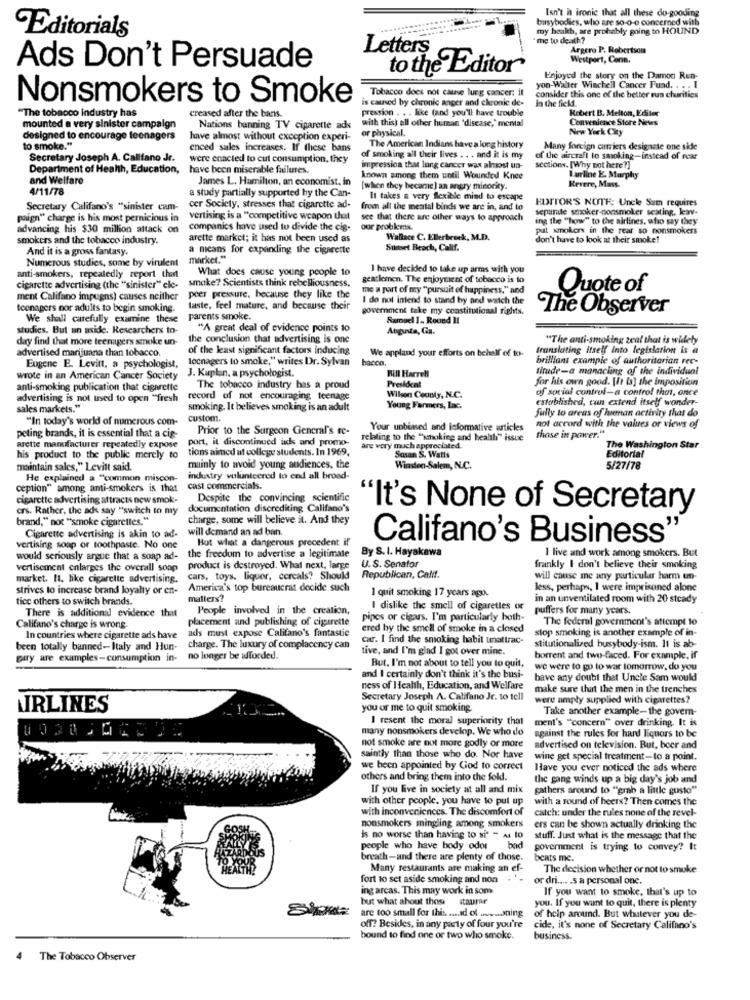
Isn't hn ironic that all these do-gooding
busybodies, who are so-o-o concerned with
Editorials
my health, are probably going to HOUND
me to death?
Letters
Argero P. Robertson
Westport, Conn.
Ads Don't Persuade
to the Editor
Enjoyed the story on the Damon Run-
Tobacco does not cause lung cancer: it
yon-Walter Winchell Cancer Fuad. . . . I
Nonsmokers to Smoke
is caused by chronic anger and chronic de-
consider this one of the better rus charities
la the field
"The tobacco industry has
creased after the bars.
Robert B. Melton, Editer
pression . . . like (and you'll have trouble
Convenience Store News
mounted a very sinister campaign
Nations banning TV cigarette ads
with this) all other human 'disease,' mental
or physical.
New York City
designed to encourage teenagers
have almost without exception experi-
to smoke."
enced sales increases. If these bans
The American Indians have a long history
Many foreign carriers designate one side
Secretary Joseph A. Califano Jr.
were enacted to cut consumption, they
of smoking all their lives . . . and it is my
of the aircraft to smoking-instead of near
Department of Health, Education,
have been miserable failures.
impression that lung cancer was almost un-
sections. [Why not here ?]
and Welfare
James L. Hamilton, an economist. in
known among them until Wounded Knee
Iurline E. Murphy
Revere, Mas.
4/11/78
a study partially supported hy the Can-
[when they became) an angry minority.
It takes a very flexible mind to escape
EDITOR'S NOTE: Uncle Sam requires
Secretary Califano's "sinister cam-
cer Society, stresses that cigarette ad-
from all the mental binds we are in, and to
sepunte smoker-nonsmoker seating, kav-
paign" charge is his most pernicious in
vertising is a "competitive weapon that
see that there are other ways to approach
ing the "how" to the airlines, who say they
advancing his $30 million attack on
companies have used to divide the cig-
our problems.
put smokers in the rear so nonsmokers
smokers and the tobacco industry.
arette market; it has not been used as
Wallace C. Ellerbroek, M.D.
don't have to look at their smoke!
And it is a gross fantasy.
a means for expanding the cigarette
Suitet Beach, Calif.
Numerous studies, some by virulent
market."
What does cause young people 10
I have decided to take up arms with you
anti-smokers, repealedly report that
gentlemen. The enjoyment of tobacco is to
cigarette advertising (the "sinister" ele-
smoke? Scientists think rebelliousness.
me a part of my "pursuit of happiness," and
Quote of
ment Califano impugns) causes neither
peer pressure, because they like the
I do not intend to stand by and watch the
teenagers nor adults to begin smoking.
taste, feel mature, and because their
government take my constitutional rights.
The Observer
We shall carefully examine these
parents smoke.
Samuel I. Round II
studies. But an aside. Researchers to-
"A great deal of evidence points to
Augusta, Ga.
day find that more teenagers smoke un-
the conclusion that advertising is one
"The anti-smoking zeal that is widely
advertised marijuana than tobacco.
of the least significant factors inducing
We appland your efforts on behalf of to-
translating Itself into legislation is a
tocnagers to smoke," writes Dr. Sylvan
bacca.
brilliant example of authoritarian rec-
Eugene E. Levitt, a psychologist,
J. Kaplan. a psychologist.
Bill Harrell
sirude-a manacling of the individual
wrote in an American Cancer Society
President
for his own good. [ft is] the imposition
anti-smoking publication that cigarette
The tobacco industry has a proud
of social control-a control that, once
advertising is not used to open "fresh
advertising is not used to open "fresh record of not encouraging teenage
Wilson Ceonly, N.C.
established, can extend itself wonder-
sales markets."
smoking. It believes smoking is an adult
Young Farmers, Inc.
fully to areas of human activity that do
"In today's world of numerous com-
custom.
not accord with the values or views of
peting brands, it is essential that a cig-
Prior to the Surgeon General's re-
Your unbiased and informative articles
port, it discontinued ads and promo-
relating to the "smoking and health" issue
those in power."
arette manufacturer repeatedly expose
his product to the public merely to tions aimed at college students. In 1969.
are very much appreciated.
Susan S. Watts
The Washington Star
his product to the public merely to
Editorial
maintain sales," Levitt said.
mainly to avoid young audiences, the
Winden-Salem, N.C.
5/27/78
He explained a "common miscon-
industry volunteered to end all broad-
ception" among anti-smokers is that
cigarette advertising attracts new smok-
Despite the convincing scientific
crs. Rather, the ads say "switch to my
documentation discrediting Califano's
"It's None of Secretary
brand," not "smoke cigarettes."
charge, some will believe it. And they
will demand an ad ban.
Cigarette advertising is akin to ad-
But what a dangerous precedent if
Califano's Business"
vertising soap or toothpaste. No one
would seriously argue that a soap ad-
the freedom to advertise a legitimate
By S.I. Hayakawa
I live and work among smokers. But
vertisement enlarges the overall soap
product is destroyed. What next, large
U.S. Senator
frankly I don't believe their smoking
market. It, hike cigarette advertising.
cars, toys, liquor, cereals? Should
Republican, Calif.
will cause me any particular harm un-
strives to increase brand loyalty or en-
America's top bureaucrat decide such
I quit smoking 17 years ago.
less, perhaps, I were imprisoned alone
tice others to switch brands.
matters?
in an unventilated room with 20 steady
There is additional evidence that
People involved in the creation,
I dislike the smell of cigarettes or
puffers for many years.
placement and publishing of cigarette
pipes or cigars. I'm particularly both-
The federal government's attempt 10
Califano's charge is wrong.
ads must expose Califano's fantastic
ered by the smell of smoke in a closed
stop smoking is another example of in-
In countries where cigarette ads have
car. I find the smoking habit unattrac-
been totally banned-Italy and Hun-
charge. The luxury of complacency can
tive, and I'm glad I got over mine.
stitutionalized busybody-ism. It is ab-
gary are examples-consumption in-
no longer be afforded.
But. I'm not about to tell you to quit,
borrent and two-faced. For example, if
we were to go to war tomorrow, do you
and I certainly don't think it's the busi-
have any doubt that Uncle Sam would
ness of Health, Education, and Welfare
make sure that the men in the trenches
Secretary Joseph A. Califano Jr. to tell
were amply supplied with cigarettes?
LIRLINES
you or me to quit smoking.
Take another example-the govern-
I resent the moral superiority that
ment's ""concern" over drinking. It is
many nonsmokers develop. We who de
against the rules for hard liquors to be
not smoke are not more godly or more
advertised on television. But, boer and
saintly than those who do. Nor have
wine get special treatment-to a point.
we been appointed by God to correct
Have you ever noticed the ads where
others and bring them into the fold.
the gang winds up a big day's job and
If you live in society at all and mix
gathers around to "grab a little gusto"
with other people, you have to put up
with a round of beers? Then comes the
with inconveniences. The discomfort of
catch: under the rules none of the revel-
nonsmokers mingling among smokers
ers can be shown actually drinking the
is no worse than having to si - Au to
stuff. Just what is the message that the
people who have body odor b
bad
government is trying to convey? It
breath-and there are plenty of those.
beats me.
Many restaurants are making an ef-
The decision whether or not to smoke
fort to set aside smoking and non
or dri .... . s a personal one.
ing arcas. This may work in som
If you want to smoke, that's up to
but what about those it
you. If you want to quit, there is plenty
are too small for this. .... Id of ........ ning
of help around. But whatever you de-
off? Besides, in any party of four you're
cide, it's none of Secretary Califano's
bound to find one or two who smoke.
business.
The Tobacco Observer